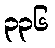
၃၃၆